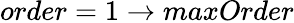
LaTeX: order=1\to maxOrder